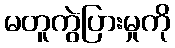
မတူကွဲပြားမှုကို